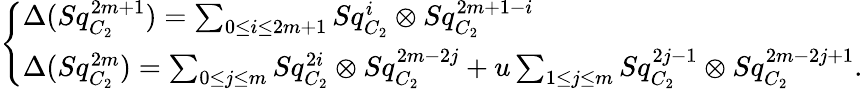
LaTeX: \left\{ \begin{array}{ll}{\Delta(Sq_{C_{2}}^{2m+1})=\sum_{0\leq i\leq 2m+1}Sq_{C_{2}}^{i}\otimes Sq_{C_{2}}^{2m+1-i}}\\ {\Delta(Sq_{C_{2}}^{2m})=\sum_{0\leq j\leq m}Sq_{C_{2}}^{2i}\otimes Sq_{C_{2}}^{2m-2j}+u\sum_{1\leq j\leq m}Sq_{C_{2}}^{2j-1}\otimes Sq_{C_{2}}^{2m-2j+1}.}\end{array}\right.